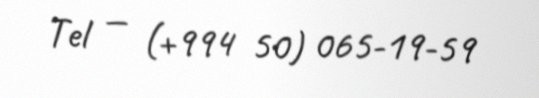
Tel — (+994 50) 065-19-59